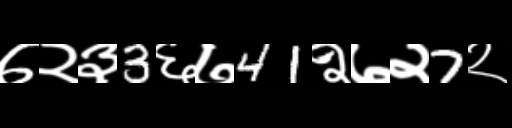
Text: ७२३3६७41२७२7२